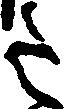
令